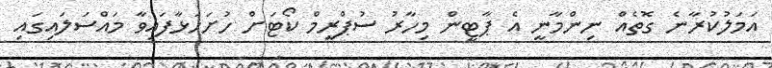
އަމަލުކުރާނެ ގޮތެއް ނިންމާނީ އެ ޕާޓީން މިހާރު ސުޕްރީމް ކޯޓަށް ހުށަހަޅާފައިވާ މައްސަލައިގައި